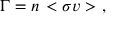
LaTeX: \Gamma = n \, < \sigma v > \ ,